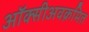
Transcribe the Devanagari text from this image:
ऑक्सीअवक्रमित